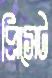
প্রিসেট